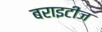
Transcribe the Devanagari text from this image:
बराइटीज